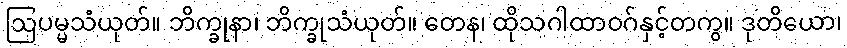
ဩပမ္မသံယုတ်။ ဘိက္ခုနာ၊ ဘိက္ခုသံယုတ်။ တေန၊ ထိုသဂါထာဝဂ်နှင့်တကွ။ ဒုတိယော၊